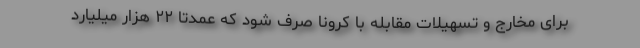
برای مخارج و تسهیلات مقابله با کرونا صرف شود که عمدتا ۲۲ هزار میلیارد